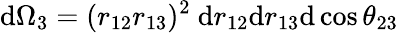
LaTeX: \mathrm{d}\Omega_{3}=(r_{12}r_{13})^{2}~\mathrm{d}r_{12}\mathrm{d}r_{13}\mathrm{d}\cos\theta_{23}